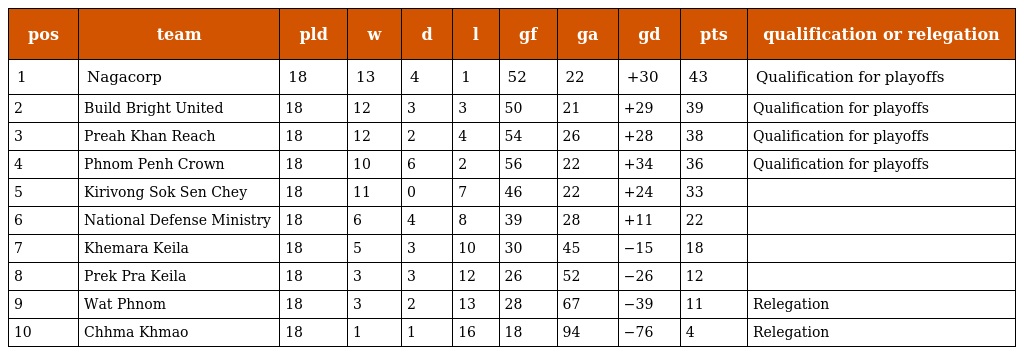
| pos | team | pld | w | d | l | gf | ga | gd | pts | qualification or relegation |
 | --- | --- | --- | --- | --- | --- | --- | --- | --- | --- | --- |
 | 1 | Nagacorp | 18 | 13 | 4 | 1 | 52 | 22 | +30 | 43 | Qualification for playoffs |
 | 2 | Build Bright United | 18 | 12 | 3 | 3 | 50 | 21 | +29 | 39 | Qualification for playoffs |
 | 3 | Preah Khan Reach | 18 | 12 | 2 | 4 | 54 | 26 | +28 | 38 | Qualification for playoffs |
 | 4 | Phnom Penh Crown | 18 | 10 | 6 | 2 | 56 | 22 | +34 | 36 | Qualification for playoffs |
 | 5 | Kirivong Sok Sen Chey | 18 | 11 | 0 | 7 | 46 | 22 | +24 | 33 |  |
 | 6 | National Defense Ministry | 18 | 6 | 4 | 8 | 39 | 28 | +11 | 22 |  |
 | 7 | Khemara Keila | 18 | 5 | 3 | 10 | 30 | 45 | −15 | 18 |  |
 | 8 | Prek Pra Keila | 18 | 3 | 3 | 12 | 26 | 52 | −26 | 12 |  |
 | 9 | Wat Phnom | 18 | 3 | 2 | 13 | 28 | 67 | −39 | 11 | Relegation |
 | 10 | Chhma Khmao | 18 | 1 | 1 | 16 | 18 | 94 | −76 | 4 | Relegation |